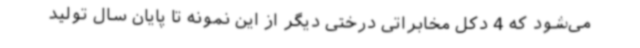
می‌شود که 4 دکل مخابراتی درختی دیگر از این نمونه تا پایان سال تولید